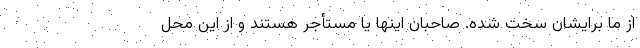
از ما برایشان سخت شده. صاحبان اینها یا مستأجر هستند و از این محل